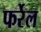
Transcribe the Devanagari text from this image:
फर्रेल